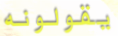
يقولونه